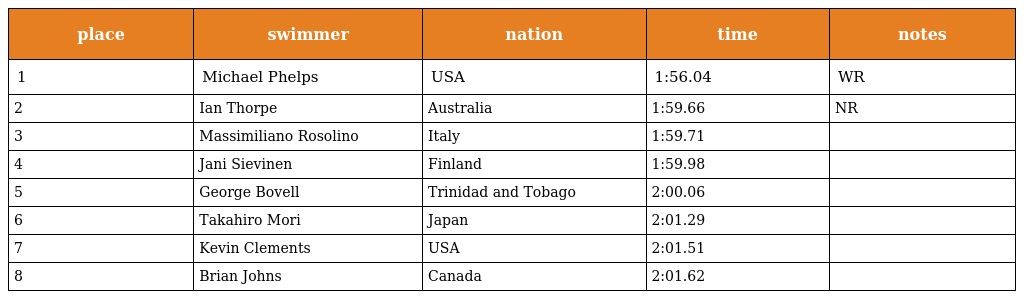
| place | swimmer | nation | time | notes |
 | --- | --- | --- | --- | --- |
 | 1 | Michael Phelps | USA | 1:56.04 | WR |
 | 2 | Ian Thorpe | Australia | 1:59.66 | NR |
 | 3 | Massimiliano Rosolino | Italy | 1:59.71 |  |
 | 4 | Jani Sievinen | Finland | 1:59.98 |  |
 | 5 | George Bovell | Trinidad and Tobago | 2:00.06 |  |
 | 6 | Takahiro Mori | Japan | 2:01.29 |  |
 | 7 | Kevin Clements | USA | 2:01.51 |  |
 | 8 | Brian Johns | Canada | 2:01.62 |  |